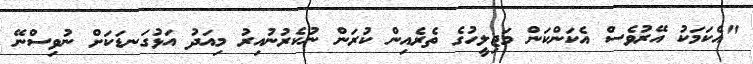
"އެކަމަކު އޭރުވެސް އެކަންކަން މަޖިލީހުގެ ތެރެއިން ކުރަން ނުކެރުނުއިރު މިއަދު އަޅުގަނޑަކަށް ނުވިސްނޭ